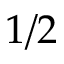
1 / 2